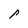
Character: P